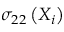
\sigma _ { 2 2 } \left( { X } _ { i } \right)